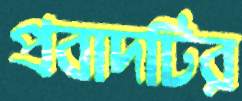
প্রবাদটির